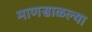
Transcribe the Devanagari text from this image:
माणसाळल्या